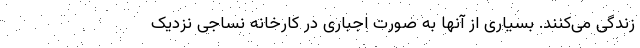
زندگی می‌کنند. بسیاری از آنها به صورت اجباری در کارخانه نساجی نزدیک